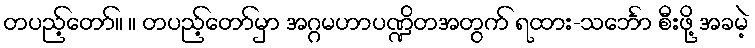
တပည့်တော်။ ။ တပည့်တော်မှာ အဂ္ဂမဟာပဏ္ဍိတအတွက် ရထား-သင်္ဘော စီးဖို့ အခမဲ့